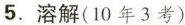
5.溶解(10年3考)